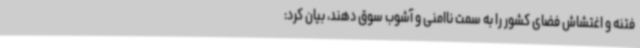
فتنه و اغتشاش فضای کشور را به سمت ناامنی و آشوب سوق دهند، بیان کرد: